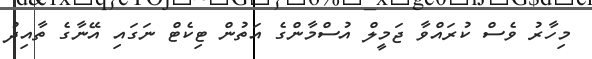
މިހާރު ވެސް ކުރައްވާ ޖަމީލް އުސްމާންގެ އަތުން ޓިކެޓް ނަގައި އޭނާގެ ތާއިދު